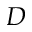
D